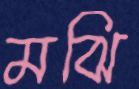
মঝি